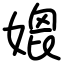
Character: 媲